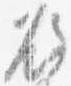
瓶